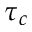
\tau _ { c }